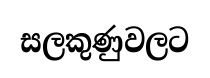
සලකුණුවලට